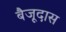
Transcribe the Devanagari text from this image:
बैजूदास